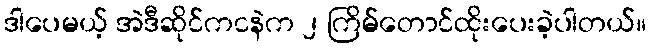
ဒါပေမယ့် အဲဒီဆိုင်ကငနဲက ၂ ကြိမ်တောင်ထိုးပေးခဲ့ပါတယ်။